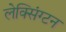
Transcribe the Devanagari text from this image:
लेक्सिंग्‍टन